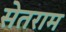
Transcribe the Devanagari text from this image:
सेतराम